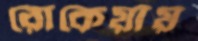
রোকেয়ায়